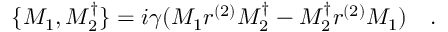
\, \{ M _ { 1 } , M _ { 2 } ^ { \dagger } \} = i \gamma ( M _ { 1 } r ^ { ( 2 ) } M _ { 2 } ^ { \dagger } - M _ { 2 } ^ { \dagger } r ^ { ( 2 ) } M _ { 1 } ) \quad .